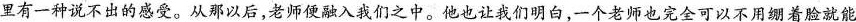
里有一种说不出的感受。从那以后，老师便融入我们之中。他也让我们明白，一个老师也完全可以不绷着脸就能